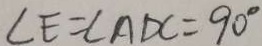
\angle E = \angle A D C = 9 0 ^ { \circ }